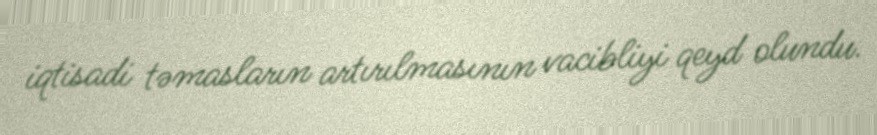
iqtisadi təmasların artırılmasının vacibliyi qeyd olundu.